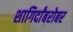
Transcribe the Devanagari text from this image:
शागिर्दांबरोबर